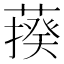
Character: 𦺕